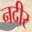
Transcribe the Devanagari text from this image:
नदीर